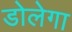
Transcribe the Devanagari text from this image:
डोलेगा